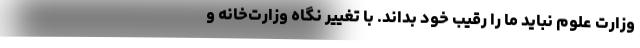
وزارت علوم نباید ما را رقیب خود بداند. با تغییر نگاه وزارت‌خانه و